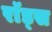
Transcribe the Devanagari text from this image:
राॅड्स